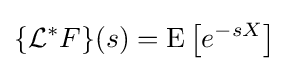
\{{\mathcal {L}}^{*}F\}(s)=\mathrm {E} \left[e^{-sX}\right]